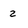
Character: 2